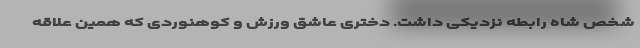
شخص شاه رابطه نزدیکی داشت. دختری عاشق ورزش و کوهنوردی که همین علاقه